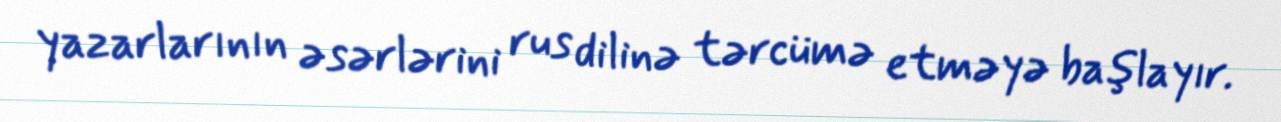
yazarlarının əsərlərini rus dilinə tərcümə etməyə başlayır.